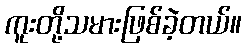
ကူးတို့သမားဖြစ်ခဲ့တယ်။